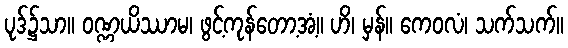
ပုဒ်၌သာ။ ဝဏ္ဏယိဿာမ၊ ဖွင့်ကုန်တော့အံ့။ ဟိ၊ မှန်။ ကေဝလံ၊ သက်သက်။